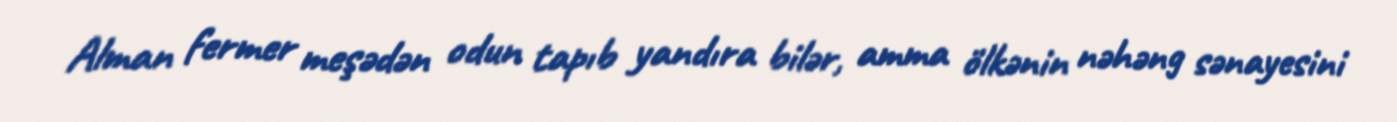
Alman fermer meşədən odun tapıb yandıra bilər, amma ölkənin nəhəng sənayesini